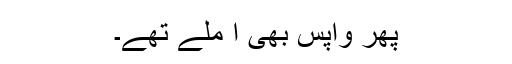
پھر واپس بھی آ مِلے تھے۔